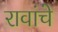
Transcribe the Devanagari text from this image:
रावांचे